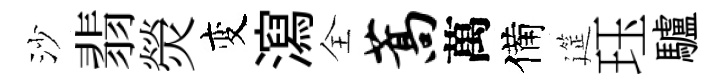
沙翡熒变瀉全蒿萬備筵珏驢